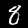
Digit: 8